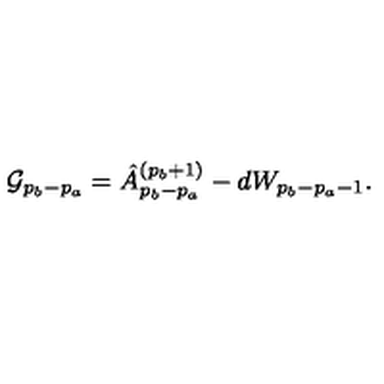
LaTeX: { \cal G } _ { p _ { b } - p _ { a } } = \hat { A } _ { p _ { b } - p _ { a } } ^ { ( p _ { b } + 1 ) } - d W _ { p _ { b } - p _ { a } - 1 } .